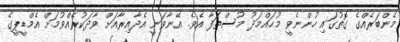
މެންބަރެއްގެ ގޮތުގައި ހުންނެވީ މުޙައްމަދު މުސްޠަފާ އެވެ. އޭނާވަނީ އެދާއިރާއަށް ވާދަކުރެއްވުމަށް އެމްޑީޕީގެ